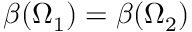
\beta ( \Omega _ { 1 } ) = \beta ( \Omega _ { 2 } )